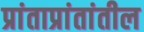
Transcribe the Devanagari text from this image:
प्रांताप्रांतांतील